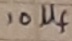
Text: 10µf